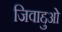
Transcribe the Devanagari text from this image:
जिवाद्दुओ